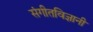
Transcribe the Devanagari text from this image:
संगीतविज्ञानी